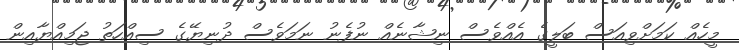
މީހެއް ކަމަށްވިއަސް ބަލީގެ އެއްވެސް ނިޝާނެއް ނުފެނު ނަމަވެސް ދުނިޔޭގެ ސިއްހަތު ޖަމިއްޔާއިން